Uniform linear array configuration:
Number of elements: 16
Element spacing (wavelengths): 0.25
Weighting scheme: hann
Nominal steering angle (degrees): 60
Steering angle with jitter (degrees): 58.14
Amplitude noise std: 0.05
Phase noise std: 0.05

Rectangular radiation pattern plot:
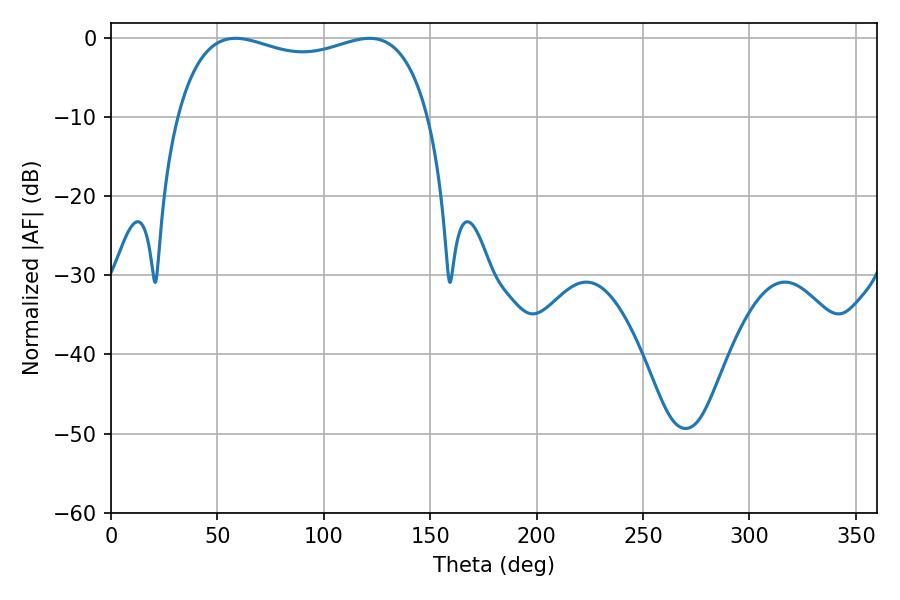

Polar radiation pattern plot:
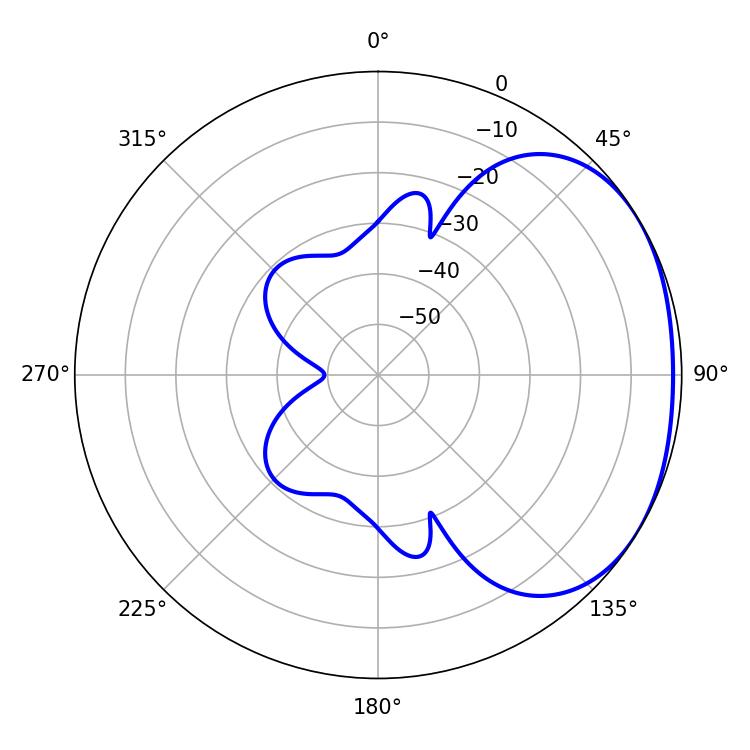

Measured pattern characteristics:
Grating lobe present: FALSE
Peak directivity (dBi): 1.877
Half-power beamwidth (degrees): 97.2
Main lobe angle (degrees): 58.5